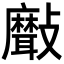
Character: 𣀯